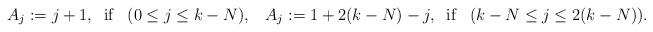
LaTeX: \begin{align*}A_{j}:=j+1,\;\;\mbox{if}\;\;\;(0\leq j\leq k-N),\;\;\;A_{j}:=1+2(k-N)-j,\;\;\mbox{if}\;\;\; (k-N\leq j\leq 2(k-N)).\end{align*}